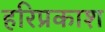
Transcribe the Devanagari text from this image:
हरिप्रकाश